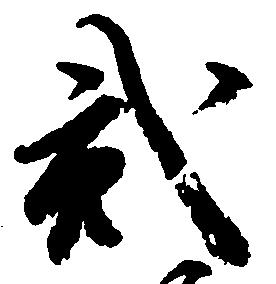
弐